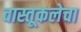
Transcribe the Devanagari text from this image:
वास्तूकलेचा